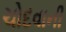
ચોદવાની